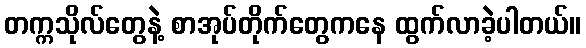
တက္ကသိုလ်တွေနဲ့ စာအုပ်တိုက်တွေကနေ ထွက်လာခဲ့ပါတယ်။